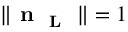
\| \textbf { n \textsubscript { L } } \| = 1